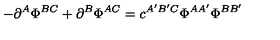
- \partial ^ { A } \Phi ^ { B C } + \partial ^ { B } \Phi ^ { A C } = c ^ { A ^ { \prime } B ^ { \prime } C } \Phi ^ { A A ^ { \prime } } \Phi ^ { B B ^ { \prime } }